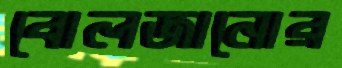
বোলজানোর